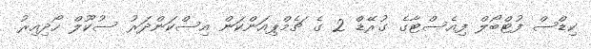
ކިޑްސް ފުޓްބޯލް ފިއެސްޓާގެ ގުރޭޑް 2 ގެ ޗެމްޕިއަންކަން އިސްކަންދަރު ސުކޫލް ހޯދިއިރު